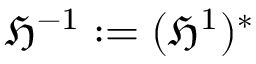
\mathfrak { H } ^ { - 1 } : = ( \mathfrak { H } ^ { 1 } ) ^ { * }